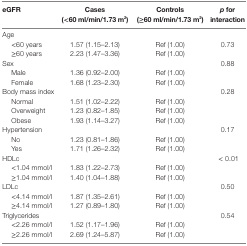
<table><thead><tr><td><b>eGFR</b></td><td><b>Cases (&lt;60 ml/min/1.73 m<sup>2</sup>)</b></td><td><b>Controls (≥60 ml/min/1.73 m<sup>2</sup>)</b></td><td><b><i>p</i> for interaction</b></td></tr></thead><tbody><tr><td>Age</td><td></td><td></td><td></td></tr><tr><td> &lt;60 years</td><td>1.57 (1.15–2.13)</td><td>Ref (1.00)</td><td>0.73</td></tr><tr><td> ≥60 years</td><td>2.23 (1.47–3.36)</td><td>Ref (1.00)</td><td></td></tr><tr><td>Sex</td><td></td><td></td><td>0.88</td></tr><tr><td> Male</td><td>1.36 (0.92–2.00)</td><td>Ref (1.00)</td><td></td></tr><tr><td> Female</td><td>1.68 (1.23–2.30)</td><td>Ref (1.00)</td><td></td></tr><tr><td>Body mass index</td><td></td><td></td><td>0.28</td></tr><tr><td> Normal</td><td>1.51 (1.02–2.22)</td><td>Ref (1.00)</td><td></td></tr><tr><td> Overweight</td><td>1.23 (0.82–1.85)</td><td>Ref (1.00)</td><td></td></tr><tr><td> Obese</td><td>1.93 (1.14–3.27)</td><td>Ref (1.00)</td><td></td></tr><tr><td>Hypertension</td><td></td><td></td><td>0.17</td></tr><tr><td> No</td><td>1.23 (0.81–1.86)</td><td>Ref (1.00)</td><td></td></tr><tr><td> Yes</td><td>1.71 (1.26–2.32)</td><td>Ref (1.00)</td><td></td></tr><tr><td>HDLc</td><td></td><td></td><td> &lt; 0.01</td></tr><tr><td> &lt;1.04 mmol/l</td><td>1.83 (1.22–2.73)</td><td>Ref (1.00)</td><td></td></tr><tr><td> ≥1.04 mmol/l</td><td>1.40 (1.04–1.88)</td><td>Ref (1.00)</td><td></td></tr><tr><td>LDLc</td><td></td><td></td><td>0.50</td></tr><tr><td> &lt;4.14 mmol/l</td><td>1.87 (1.35–2.61)</td><td>Ref (1.00)</td><td></td></tr><tr><td> ≥4.14 mmol/l</td><td>1.27 (0.89–1.80)</td><td>Ref (1.00)</td><td></td></tr><tr><td>Triglycerides</td><td></td><td></td><td>0.54</td></tr><tr><td> &lt;2.26 mmol/l</td><td>1.52 (1.17–1.96)</td><td>Ref (1.00)</td><td></td></tr><tr><td> ≥2.26 mmol/l</td><td>2.69 (1.24–5.87)</td><td>Ref (1.00)</td><td></td></tr></tbody></table>